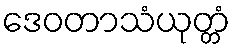
ဒေဝတာသံယုတ္တံ